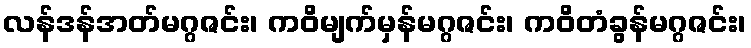
လန်ဒန်အတ်မဂ္ဂဇင်း၊ ကဝိမျက်မှန်မဂ္ဂဇင်း၊ ကဝိတံခွန်မဂ္ဂဇင်း၊